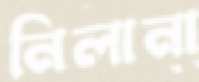
নিলানা